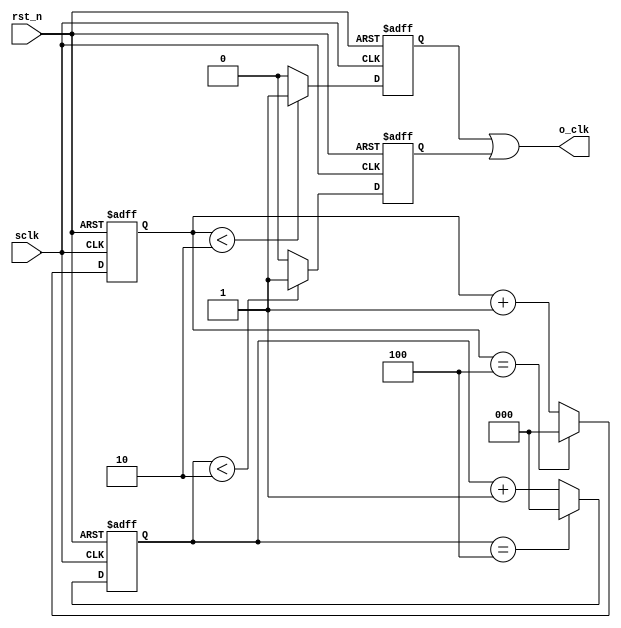
module divn
#(
	parameter	width = 3,
	parameter	N     = 5
)
(
	input		sclk,
	input		rst_n,
	output		o_clk
);

reg		[width -1 : 0]	cnt_p;
reg		[width -1 : 0]	cnt_n;
reg				clk_p;
reg				clk_n;

assign o_clk = (N == 1) ? sclk : (N[0]) ? (clk_p | clk_n) : clk_p;

always@(posedge sclk or negedge rst_n)begin
	if(!rst_n)
		cnt_p	<=	0;
	else if(cnt_p == N-1)
		cnt_p	<=	0;
	else
		cnt_p 	<=	cnt_p + 1'b1;
end

always@(posedge sclk or negedge rst_n)begin
	if(!rst_n)
		clk_p	<=	1'b1;
	else if(cnt_p	<	N>>1)
		clk_p	<=	1'b1;
	else
		clk_p	<=	1'b0;
end

always@(negedge sclk or negedge rst_n)begin
	if(!rst_n)
		cnt_n	<=	1'b0;
	else if(cnt_n == N-1)
		cnt_n	<=	1'b0;
	else
		cnt_n	<=	cnt_n + 1'b1;
end

always@(negedge sclk or negedge rst_n)begin
	if(!rst_n)
		clk_n	<=	1'b1;
	else if(cnt_n	<	N>>1)
		clk_n	<=	1'b1;
	else
		clk_n	<=	1'b0;
end


endmodule